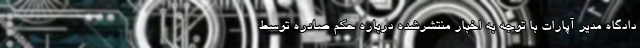
دادگاه مدیر آپارات با توجه به اخبار منتشرشده درباره حکم صادره توسط